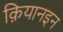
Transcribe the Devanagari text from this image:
क़ियानइन